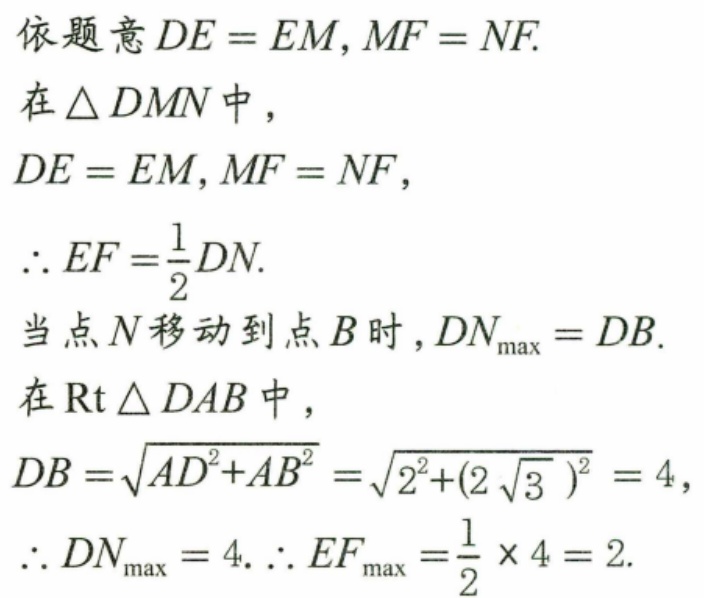
依题意$DE = EM,MF = NF.$
在$\triangle DMN$中，
$DE = EM,MF = NF$，
$\therefore EF=\dfrac{1}{2}DN.$
当点$N$移动到点$B$时，$DN_{\max}=DB.$
在$\text{Rt}\triangle DAB$中，
$DB=\sqrt{AD^{2}+AB^{2}}=\sqrt{2^{2}+(2\sqrt{3})^{2}} = 4$，
$\therefore DN_{\max}= 4.$ $\therefore EF_{\max}=\dfrac{1}{2}\times4 = 2.$